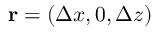
{ \bf \Delta r } = ( \Delta x , 0 , \Delta z )